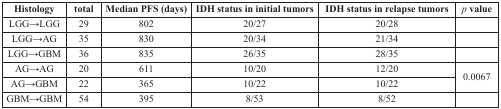
<table><thead><tr><td><b>Histology</b></td><td><b>total</b></td><td><b>Median PFS (days)</b></td><td><b>IDH status in initial tumors</b></td><td><b>IDH status in relapse tumors</b></td><td><b><i>p</i> value</b></td></tr></thead><tbody><tr><td>LGG→LGG</td><td>29</td><td>802</td><td>20/27</td><td>20/28</td><td></td></tr><tr><td>LGG→AG</td><td>35</td><td>830</td><td>20/34</td><td>21/34</td><td></td></tr><tr><td>LGG→GBM</td><td>36</td><td>835</td><td>26/35</td><td>28/35</td><td></td></tr><tr><td>AG→AG</td><td>20</td><td>611</td><td>10/20</td><td>12/20</td><td rowspan="2">0.0067</td></tr><tr><td>AG→GBM</td><td>22</td><td>365</td><td>10/22</td><td>10/22</td></tr><tr><td>GBM→GBM</td><td>54</td><td>395</td><td>8/53</td><td>8/52</td><td></td></tr></tbody></table>